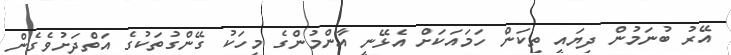
އޭރު ބުނަމުން ދިޔައީ ތިކަން ހަމައަކަށް އެޅޭނީ އާންމުންގެ މީހަކު ގޭންގުތަކުގެ އަތްދަށުވެގެން